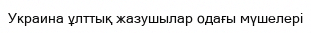
Украина ұлттық жазушылар одағы мүшелері